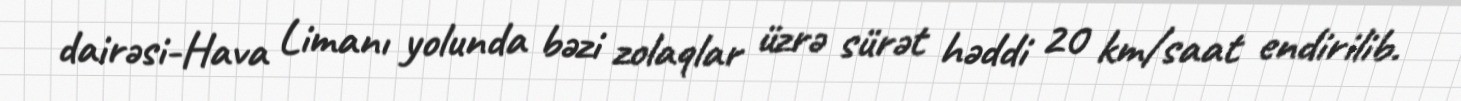
dairəsi-Hava Limanı yolunda bəzi zolaqlar üzrə sürət həddi 20 km/saat endirilib.